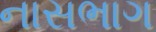
નાસભાગ